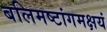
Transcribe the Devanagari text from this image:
बलिमष्टांगमक्षयं